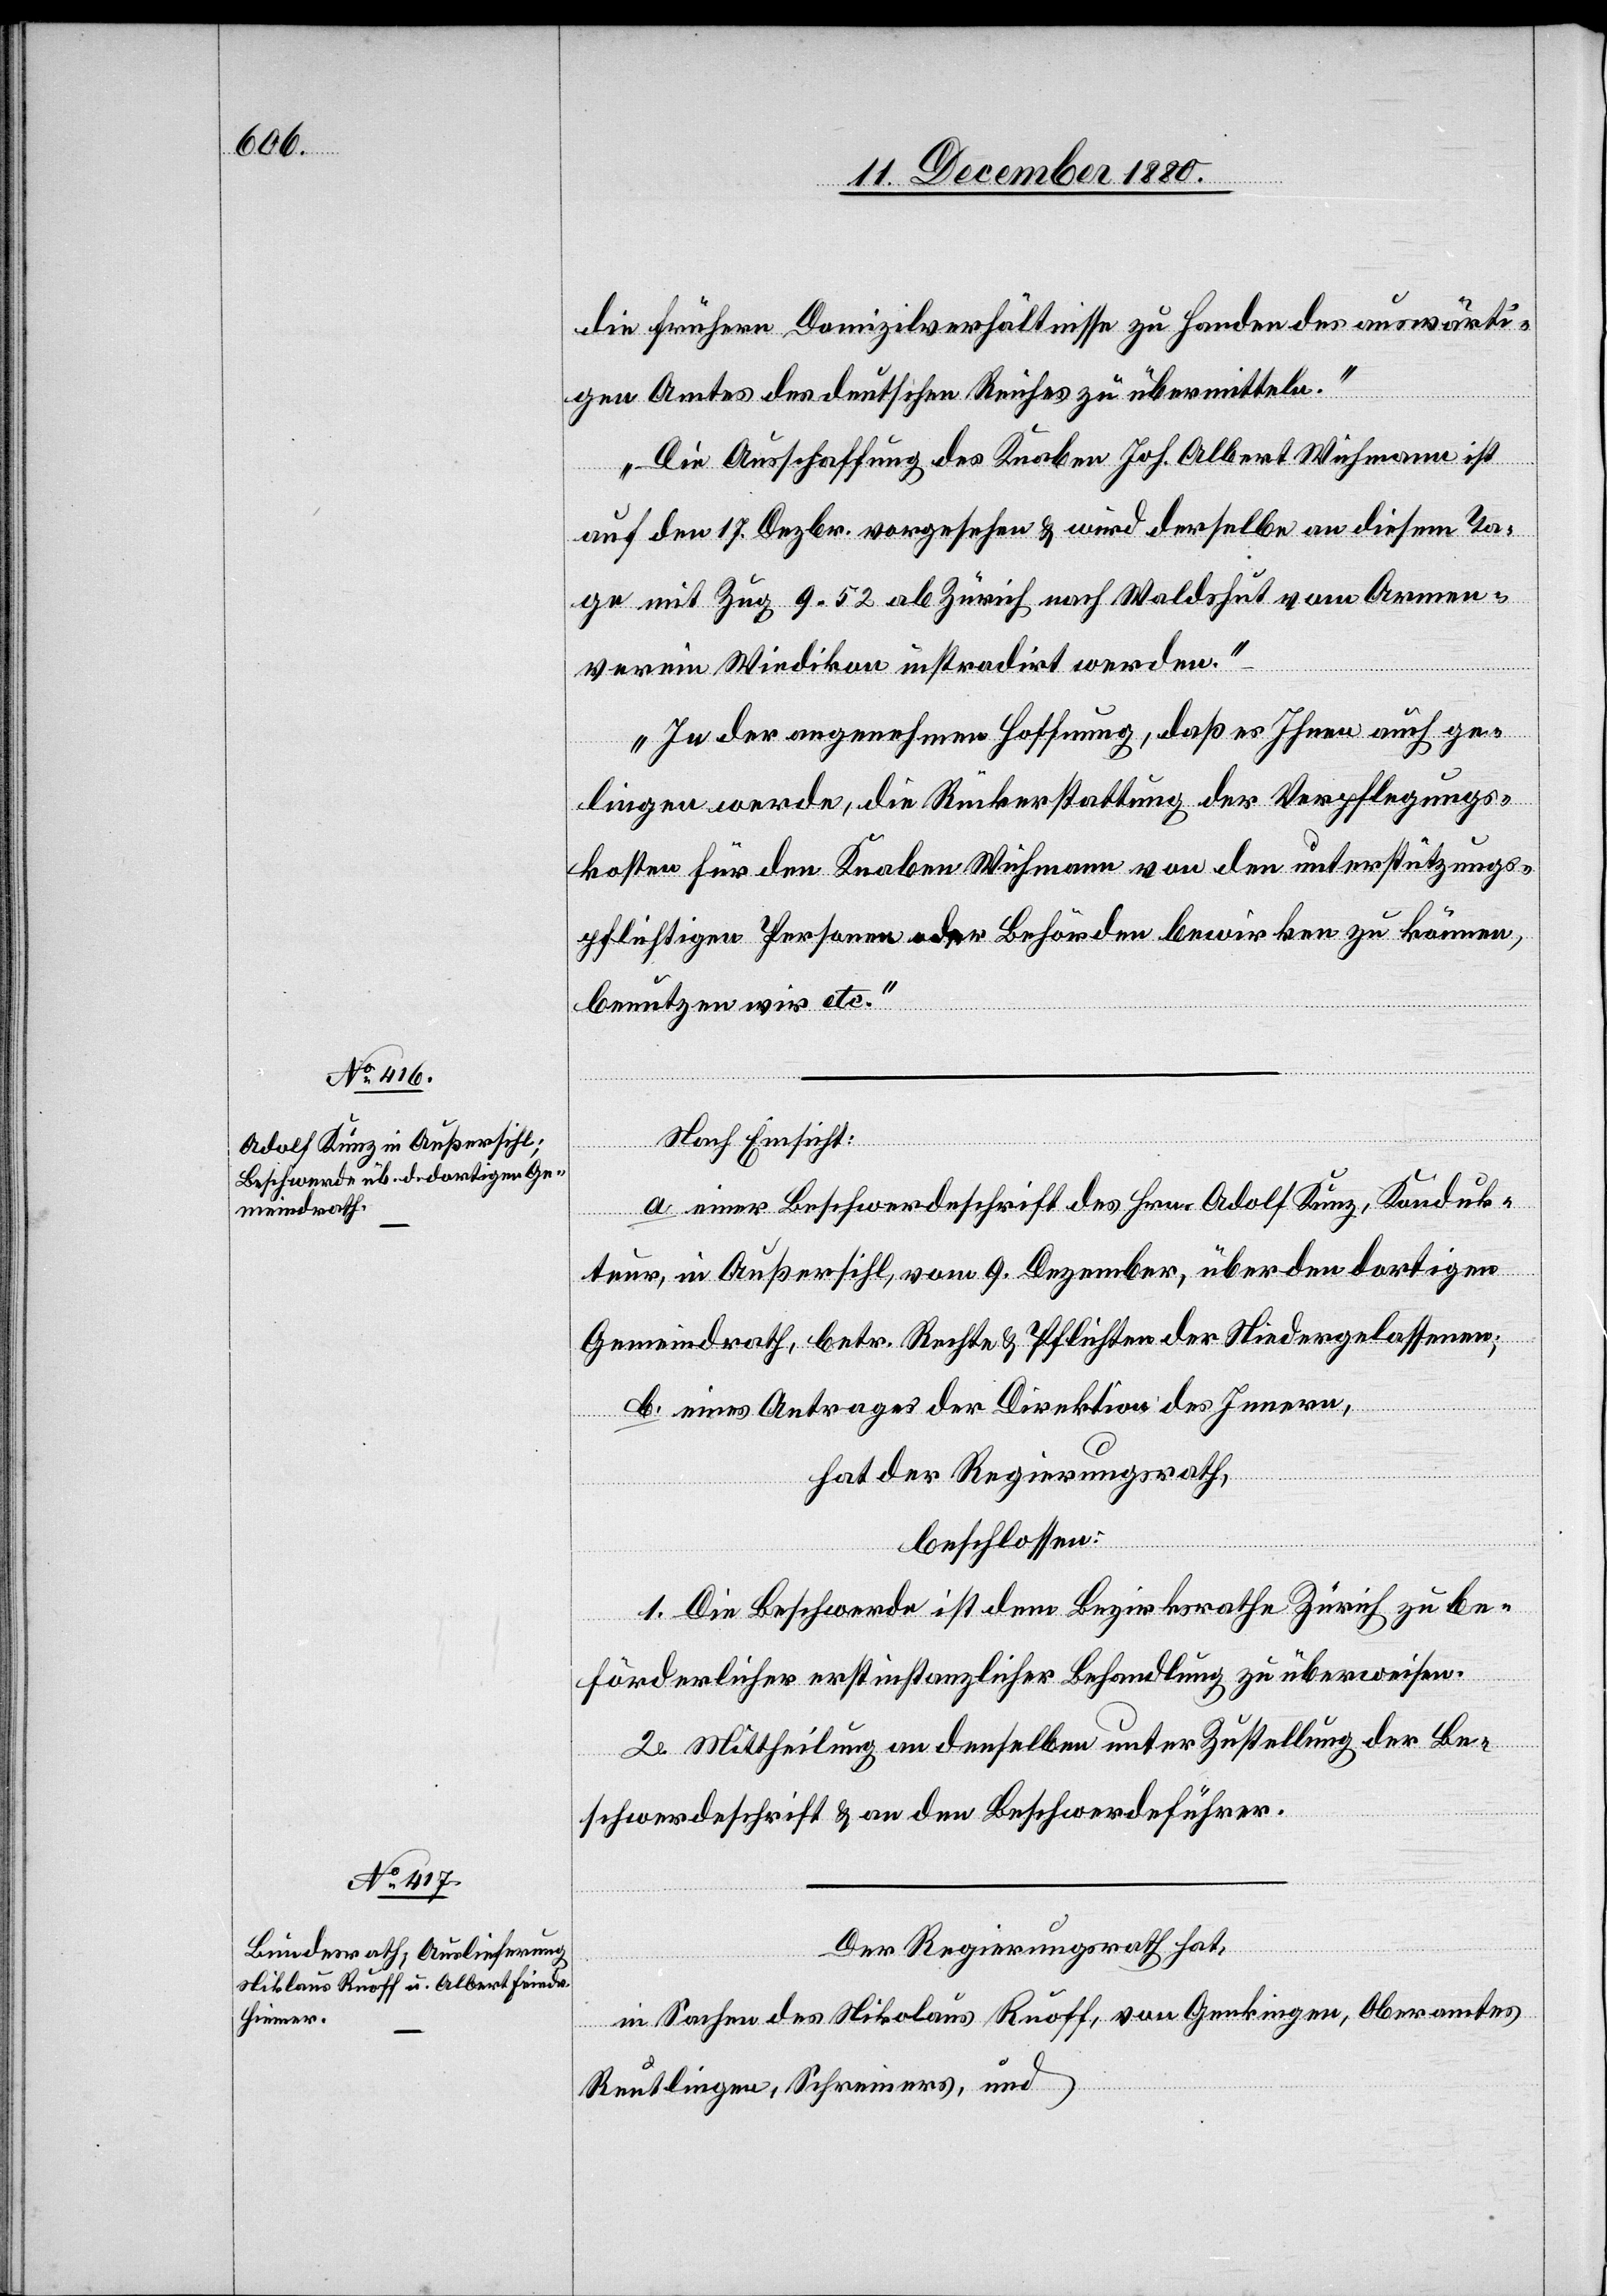
13. December 1880.]
die frühern Domizilverhältnisse zu Handen des auswärti¬
gen Amtes des deutschen Reiches zu übermitteln.
Die Ausschaffung des Knaben Joh. Albert Wichmann ist
auf den 17. Dezbr. vorgesehen & wird derselbe an diesem Ta¬
ge mit Zug 9.52 ab Zürich nach Waldshut vom Armen¬
verein Wiedikon instradirt werden.
In der angenehmen Hoffnung, daß es Ihnen auch ge¬
lingen werde, die Rückerstattung der Verpflegungs¬
kosten für den Knaben Wichmann von den unterstützungs¬
pflichtigen Personen oder Behörden bewirken zu können,
benutzen wir etc.“
Nach Einsicht:
a. einer Beschwerdeschrift des Hrn. Adolf Kunz, Konduk¬
teur, in Außersihl, vom 9. Dezember, über den dortigen
Gemeindrath, betr. Rechte & Pflichten der Niedergelassenen;
b. eines Antrages der Direktion des Innern,
hat der Regierungsrath,
beschlossen:
1. Die Beschwerde ist dem Bezirksrathe Zürich zu be¬
förderlicher erstinstanzlicher Behandlung zu überweisen.
2. Mittheilung an denselben unter Zustellung der Be¬
schwerdeschrift & an den Beschwerdeführer.
Der Regierungsrath hat,
in Sachen des Nikolaus [sic!] Ruoff, von Genkingen, Oberamtes
Reutlingen, Schreiners, und